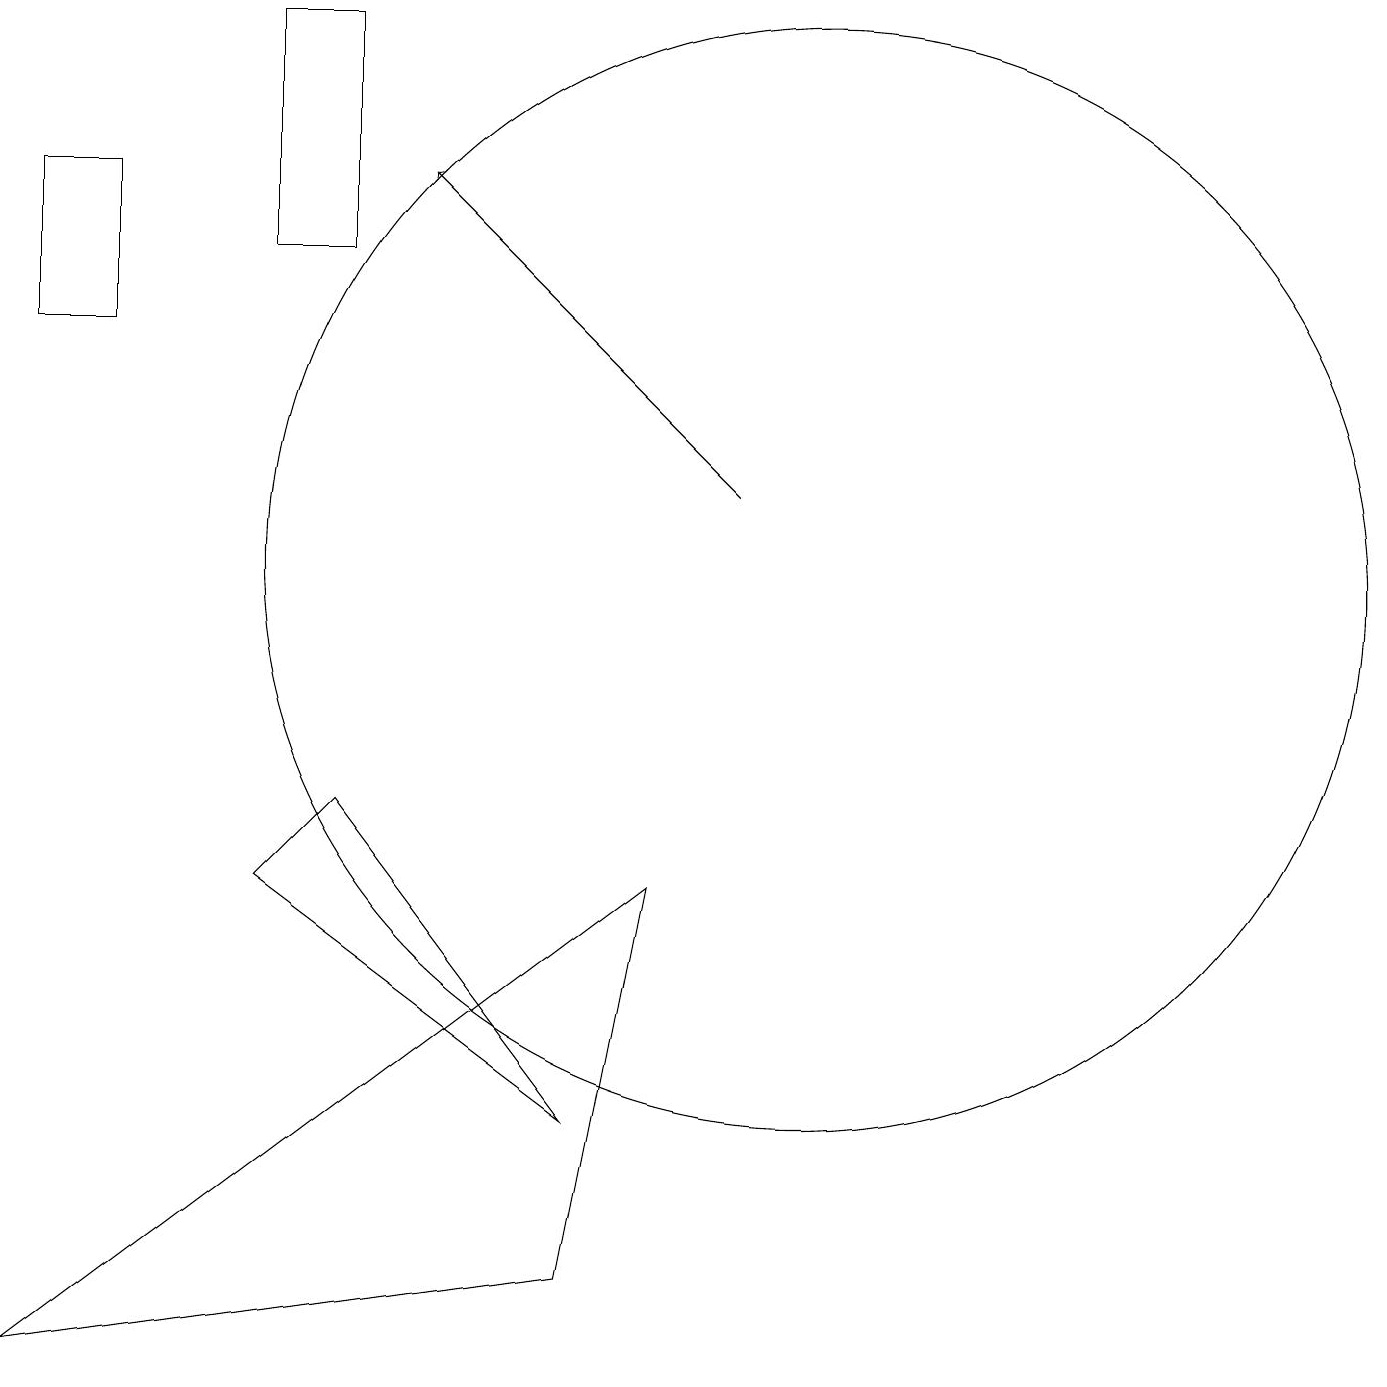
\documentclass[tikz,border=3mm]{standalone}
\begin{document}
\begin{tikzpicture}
\draw (3,6) -- (7,3) -- (4,7) -- cycle;
\draw (3,14) rectangle (4,17);
\draw[->] (9,11) -- (5,15);
\draw (10,10) circle (7);
\draw (0,15) rectangle (1,13);
\draw (8,6) -- (0,0) -- (7,1) -- cycle;
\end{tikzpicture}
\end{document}